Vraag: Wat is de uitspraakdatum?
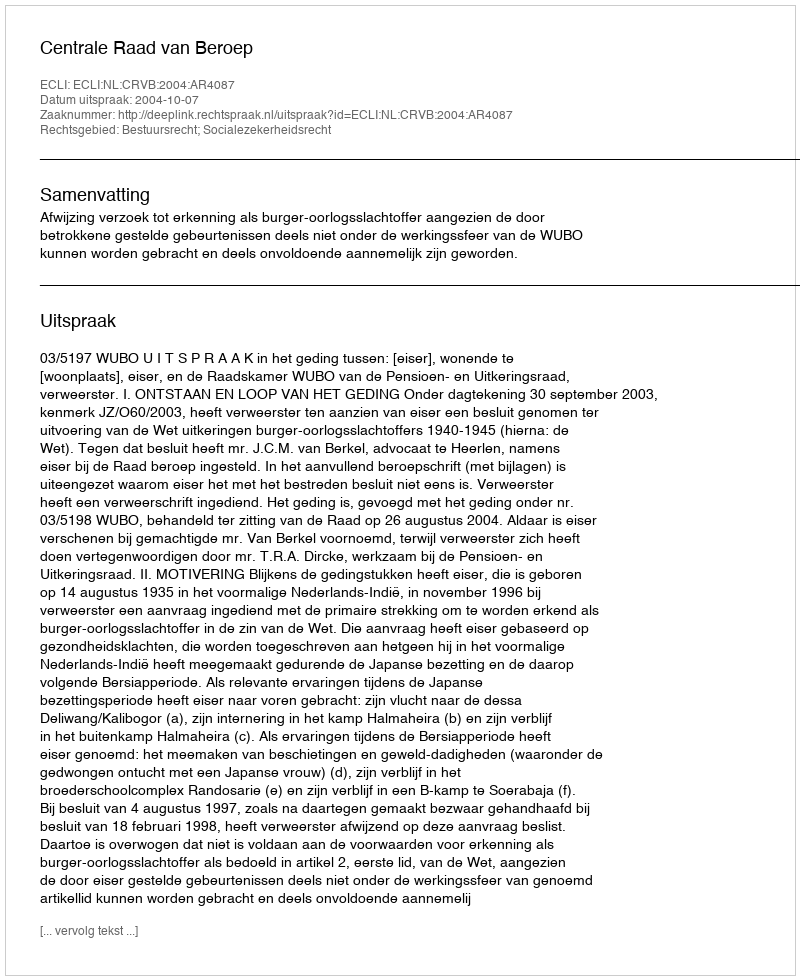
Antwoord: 2004-10-07